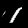
Label: 1